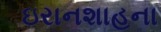
ઇરાનશાહના